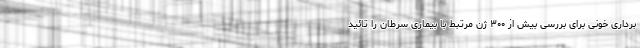
‌برداری خونی برای بررسی بیش از ۳۰۰ ژن مرتبط با بیماری سرطان را تائید